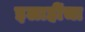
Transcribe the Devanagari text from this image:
इलाहींचा